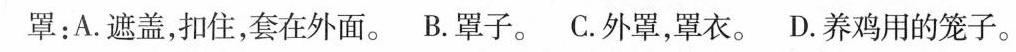
罩：A.遮盖，扣住，套在外面。B.罩子。C.外罩，罩衣。D.养鸡用的笼子。